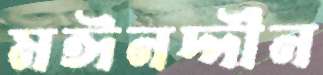
মঈনদ্দীন